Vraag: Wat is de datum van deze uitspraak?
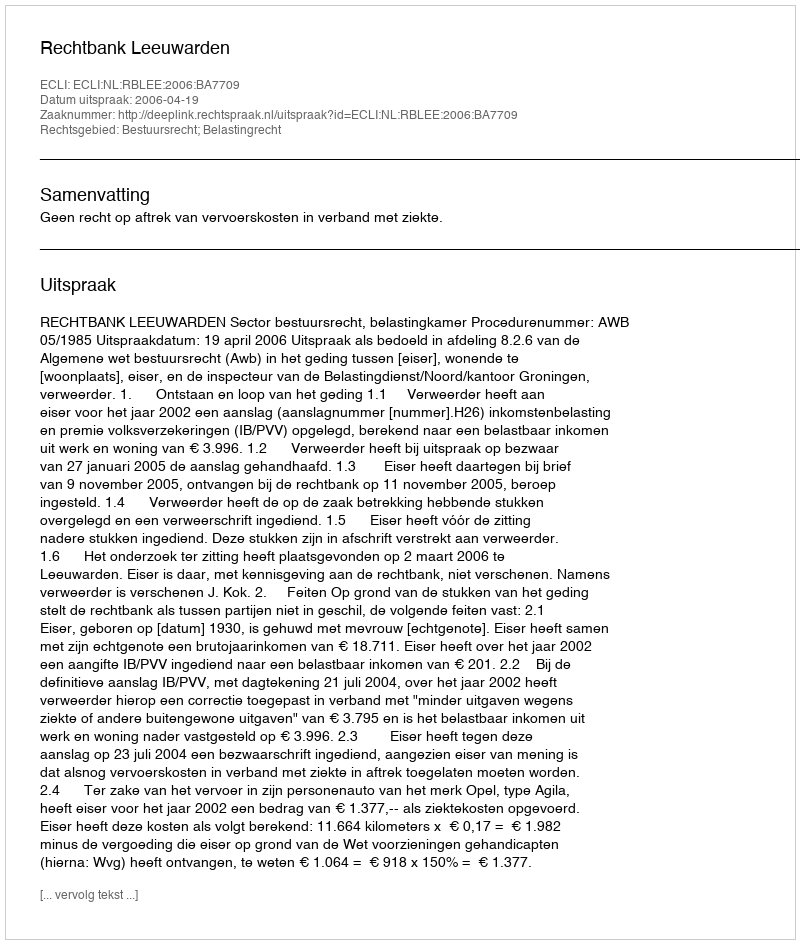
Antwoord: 2006-04-19